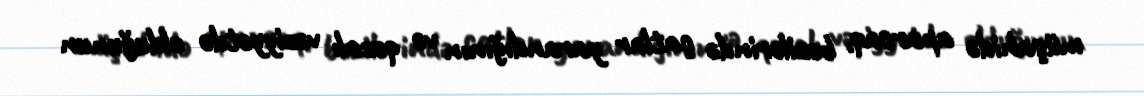
müşahidə aparsaq, bəzilərində çatlar yarandığının və qəzalı vəziyyətdə olduğunun